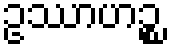
ဥဿာဟဉ္စ